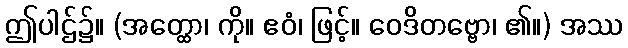
ဤပါဌ်၌။ (အတ္ထော၊ ကို။ ဧဝံ၊ ဖြင့်။ ဝေဒိတဗ္ဗော၊ ၏။) အဿ